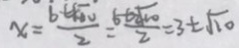
x = \frac { 6 \pm \sqrt { 1 0 } } { 2 } = \frac { 6 \pm \sqrt { 1 0 } } { 2 } = 3 \pm \sqrt { 1 0 }